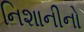
નિશાનીનો